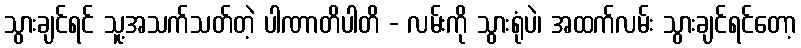
သွားချင်ရင် သူ့အသက်သတ်တဲ့ ပါဏာတိပါတိ - လမ်းကို သွားရုံပဲ၊ အထက်လမ်း သွားချင်ရင်တော့